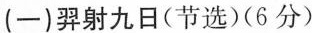
(一)羿射九日(节选)(6分)